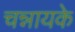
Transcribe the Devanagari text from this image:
चन्नायके